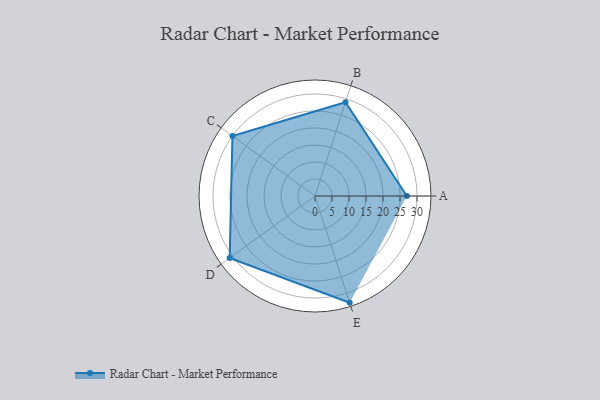
{"axis": {"x": "Skill", "y": "Score"}, "legend": ["Profile"], "data": [{"x": "A", "y": 27.0, "type": "Profile"}, {"x": "B", "y": 29.0, "type": "Profile"}, {"x": "C", "y": 30.0, "type": "Profile"}, {"x": "D", "y": 31.0, "type": "Profile"}, {"x": "E", "y": 33.0, "type": "Profile"}]}